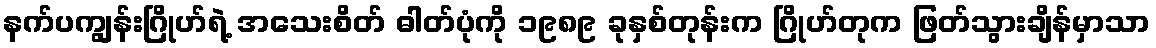
နက်ပကျွန်းဂြိုဟ်ရဲ့ အသေးစိတ် ဓါတ်ပုံကို ၁၉၈၉ ခုနှစ်တုန်းက ဂြိုဟ်တုက ဖြတ်သွားချိန်မှာသာ